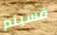
فسيتم